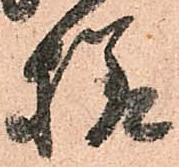
様